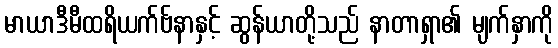
မာယာဒီမီထရိယက်ဗ်နာနှင့် ဆွန်ယာတို့သည် နာတာရှာ၏ မျက်နှာကို